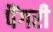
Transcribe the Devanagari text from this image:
पैंगरी